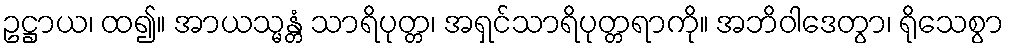
ဥဋ္ဌာယ၊ ထ၍။ အာယသ္မန္တံ သာရိပုတ္တ၊ အရှင်သာရိပုတ္တရာကို။ အဘိဝါဒေတွာ၊ ရိုသေစွာ